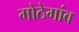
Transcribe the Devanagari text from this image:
मोठेगांव